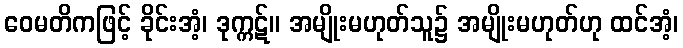
ဝေမတိကဖြင့် ခိုင်းအံ့၊ ဒုက္ကဋ်။ အမျိုးမဟုတ်သူ၌ အမျိုးမဟုတ်ဟု ထင်အံ့၊